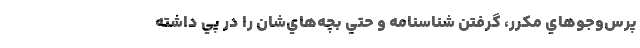
پرس‌و‌جوهاي مكرر، گرفتن شناسنامه و حتي بچه‌هاي‌شان را در پي داشته